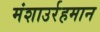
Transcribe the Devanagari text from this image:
मंशाउर्रहमान